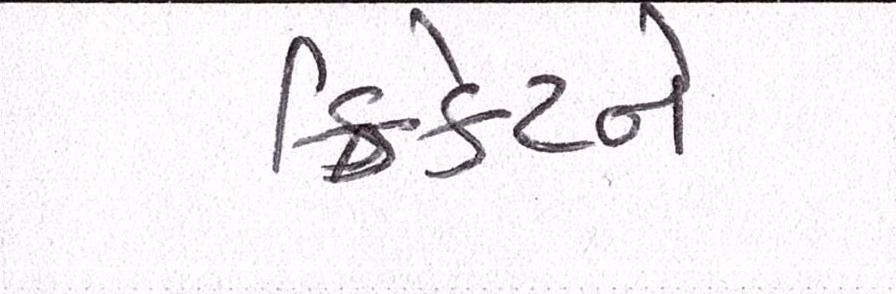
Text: ક્રિકેટને